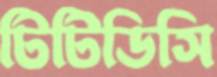
টিটিডিসি